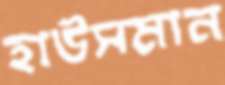
হাউসমান